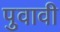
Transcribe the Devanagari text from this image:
पुवावी